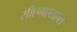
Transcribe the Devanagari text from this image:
सीएमएलएल